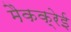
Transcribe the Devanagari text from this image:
मैकक्रेई